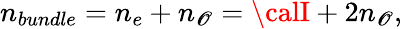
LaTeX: n_{bundle}=n_{e}+n_{\mathscr{O}}={\calI}+2n_{\mathscr{O}},